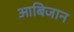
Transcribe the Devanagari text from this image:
आबिजान